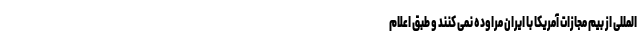
المللی از بیم مجازات آمریکا با ایران مراوده نمی کنند و طبق اعلام